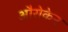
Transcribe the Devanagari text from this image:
औरोकेन